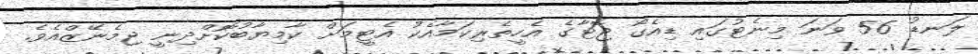
ލަނޑު 56 ވަނަ މިނެޓުގައި ޑިއެގޯ ޖޮޓާގެ އެހީތެރިކަމާއެކު އެޓީމަށް ކާމިޔާބުކޮށްދިނީ ޖިމެނޭޒްއެވެ.